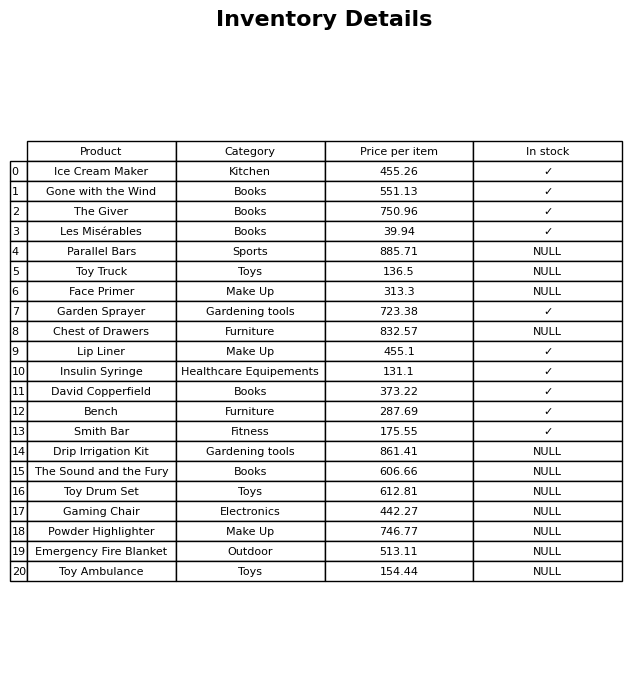
question: Which products are available in stock?
answer: Ice Cream Maker, Gone with the Wind, The Giver, Les Misérables, Garden Sprayer, Lip Liner, Insulin Syringe, David Copperfield, Bench, Smith Bar